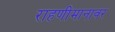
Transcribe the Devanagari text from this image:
राहणीमानावर